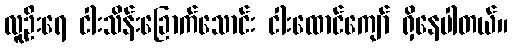
လူဦးရေ ငါးသိန်းခြောက်သောင်း ငါးထောင်ကျော် ရှိနေပါတယ်။